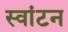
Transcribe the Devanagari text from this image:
स्वांटन